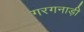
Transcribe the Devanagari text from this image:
गरगनाड़ी